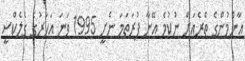
އާންމުންގެ ތެރެއަށް ނުކުމެ އޭނާ ފުރަތަމަ ނެށީ 1995 ވަނަ އަހަރުގެ ގެލެކްސީ